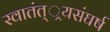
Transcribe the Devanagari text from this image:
स्वातंत््रयसंघर्ष